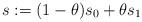
LaTeX: \begin{align*} s:= (1-\theta)s_0+ \theta s_1\end{align*}